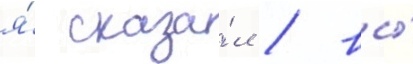
я́ сказа́л / вы́